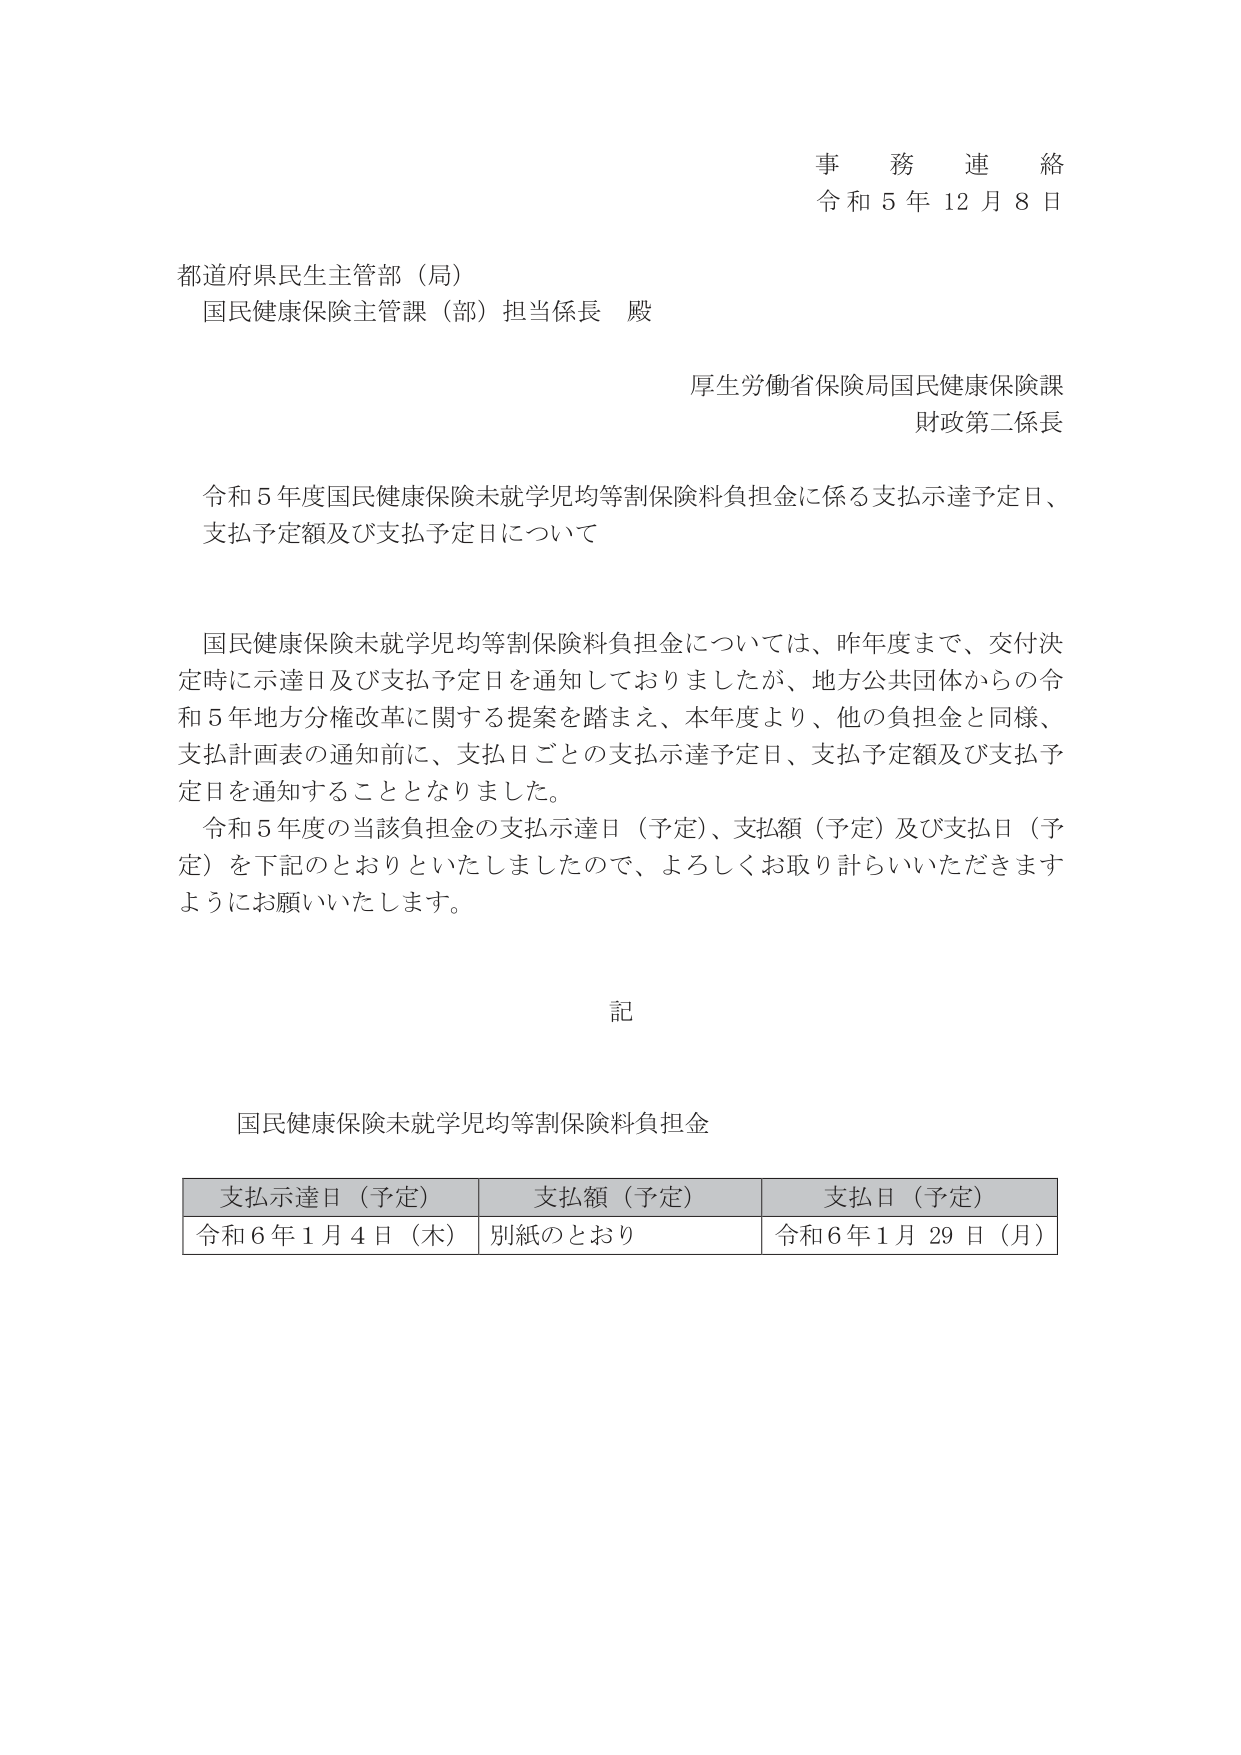
事務連絡
令和5年12月8日

都道府県民生主管部（局）
国民健康保険主管課（部）担当係長 殿

厚生労働省保険局国民健康保険課
財政第二係長

令和5年度国民健康保険未就学児均等割保険料負担金に係る支払示達予定日、
支払予定額及び支払予定日について

国民健康保険未就学児均等割保険料負担金については、昨年度まで、交付決定時に示達日及び支払予定日を通知しておりましたが、地方公共団体からの令和5年地方分権改革に関する提案を踏まえ、本年度より、他の負担金と同様、支払計画表の通知前に、支払日ごとの支払示達予定日、支払予定額及び支払予定日を通知することとなりました。
令和5年度の当該負担金の支払示達日（予定）、支払額（予定）及び支払日（予定）を下記のとおりといたしましたので、よろしくお取り計らいいただきますようお願いいたします。

記

国民健康保険未就学児均等割保険料負担金

| 支払示達日（予定） | 支払額（予定） | 支払日（予定） |
|------------------|--------------|--------------|
| 令和6年1月4日（木） | 別紙のとおり | 令和6年1月29日（月） |